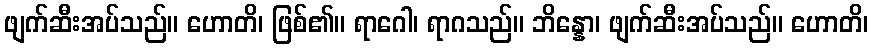
ဖျက်ဆီးအပ်သည်။ ဟောတိ၊ ဖြစ်၏။ ရာဂေါ၊ ရာဂသည်။ ဘိန္နော၊ ဖျက်ဆီးအပ်သည်။ ဟောတိ၊